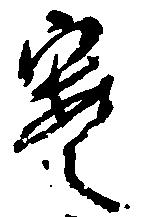
案